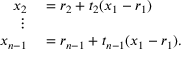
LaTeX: \begin{array} { r l } { x _ { 2 } } & { { } = r _ { 2 } + t _ { 2 } ( x _ { 1 } - r _ { 1 } ) } \\ { \vdots } & { { } } \\ { x _ { n - 1 } } & { { } = r _ { n - 1 } + t _ { n - 1 } ( x _ { 1 } - r _ { 1 } ) . } \end{array}